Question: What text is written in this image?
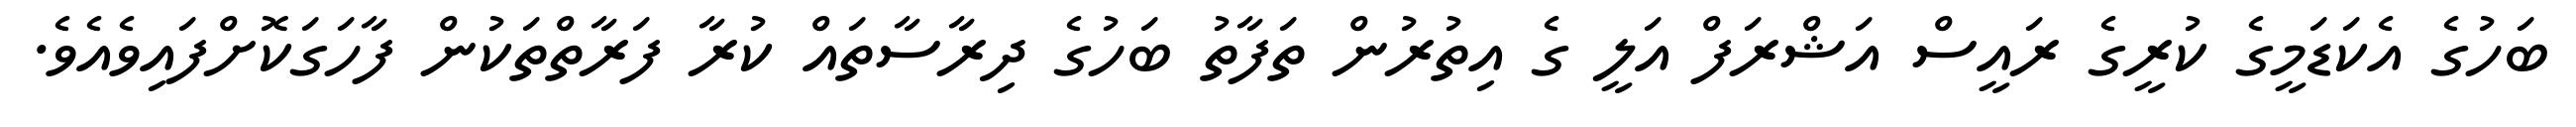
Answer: ބަހުގެ އެކަޑަމީގެ ކުރީގެ ރައީސް އަޝްރަފް އަލީ ގެ އިތުރުން ތަފާތު ބަހުގެ ދިރާސާތައް ކުރާ ފަރާތްތަކުން ފާހަގަކޮށްފައިވެއެވެ.